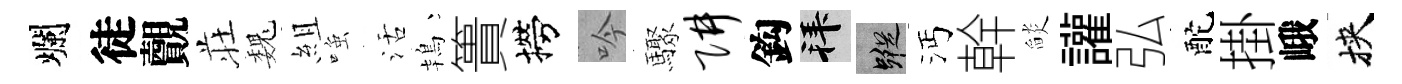
爛徒覿荘巍組𫪻活鴇簣撈吟驟阱鈎拜蹤沔幹𦦨讙弘酡掛峨挾